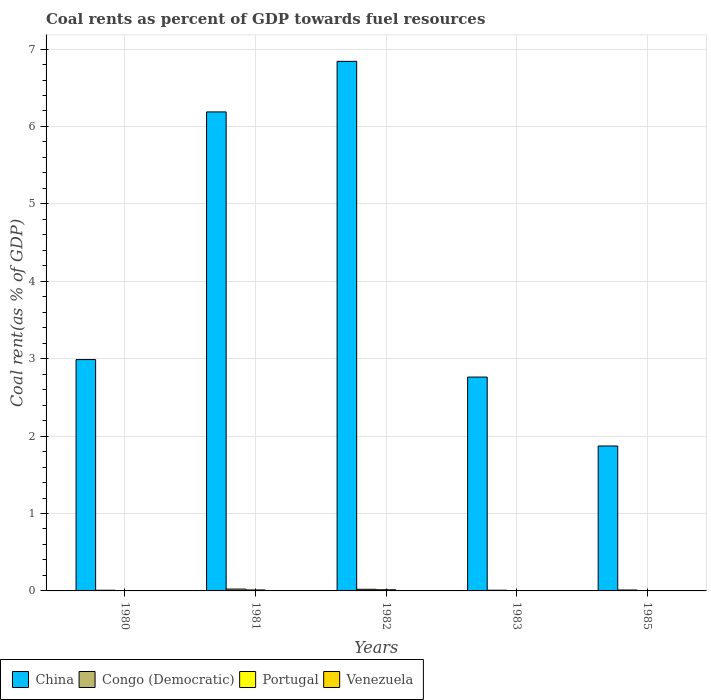
| Years | China | Congo (Democratic) | Portugal | Venezuela |
 | --- | --- | --- | --- | --- |
 | 1980 | 2.99 | 0.00879 | 0.00278 | 0.000267 |
 | 1981 | 6.19 | 0.0239 | 0.0127 | 0.00123 |
 | 1982 | 6.84 | 0.0209 | 0.0152 | 0.00142 |
 | 1983 | 2.76 | 0.00916 | 0.0046 | 0.000202 |
 | 1985 | 1.87 | 0.0118 | 0.0038 | 0.000145 |